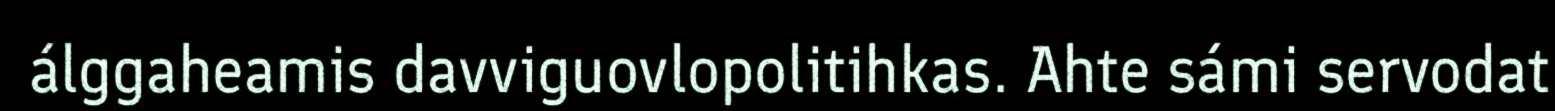
álggaheamis davviguovlopolitihkas. Ahte sámi servodat